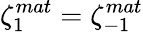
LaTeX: \zeta_{1}^{mat}=\zeta_{-1}^{mat}